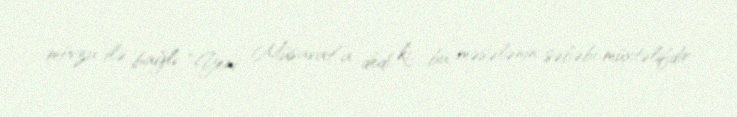
mövzu ilə bağlı “Yeni Müsavat”a dedi ki, bu məsələnin səbəbi müxtəlifdir: